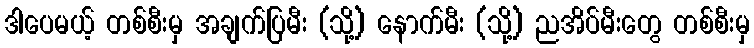
ဒါပေမယ့် တစ်စီးမှ အချက်ပြမီး (သို့) နောက်မီး (သို့) ညအိပ်မီးတွေ တစ်စီးမှ